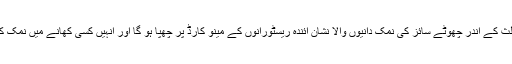
اسی لیے ایک خبردار کرنے والی مثلث کے اندر چھوٹے سائز کی نمک دانیوں والا نشان آئندہ ریسٹورانوں کے مینو کارڈ پر چھپا ہو گا اور اْنہیں کسی کھانے میں نمک کی زیادہ مقدار سے خبردار کرے گا۔